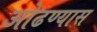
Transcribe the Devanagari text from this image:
ओढण्यास